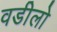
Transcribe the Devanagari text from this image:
वडीलो